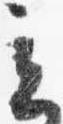
立